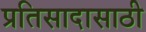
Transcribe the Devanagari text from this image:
प्रतिसादासाठी